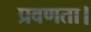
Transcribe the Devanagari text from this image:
प्रवणता।